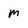
Character: m